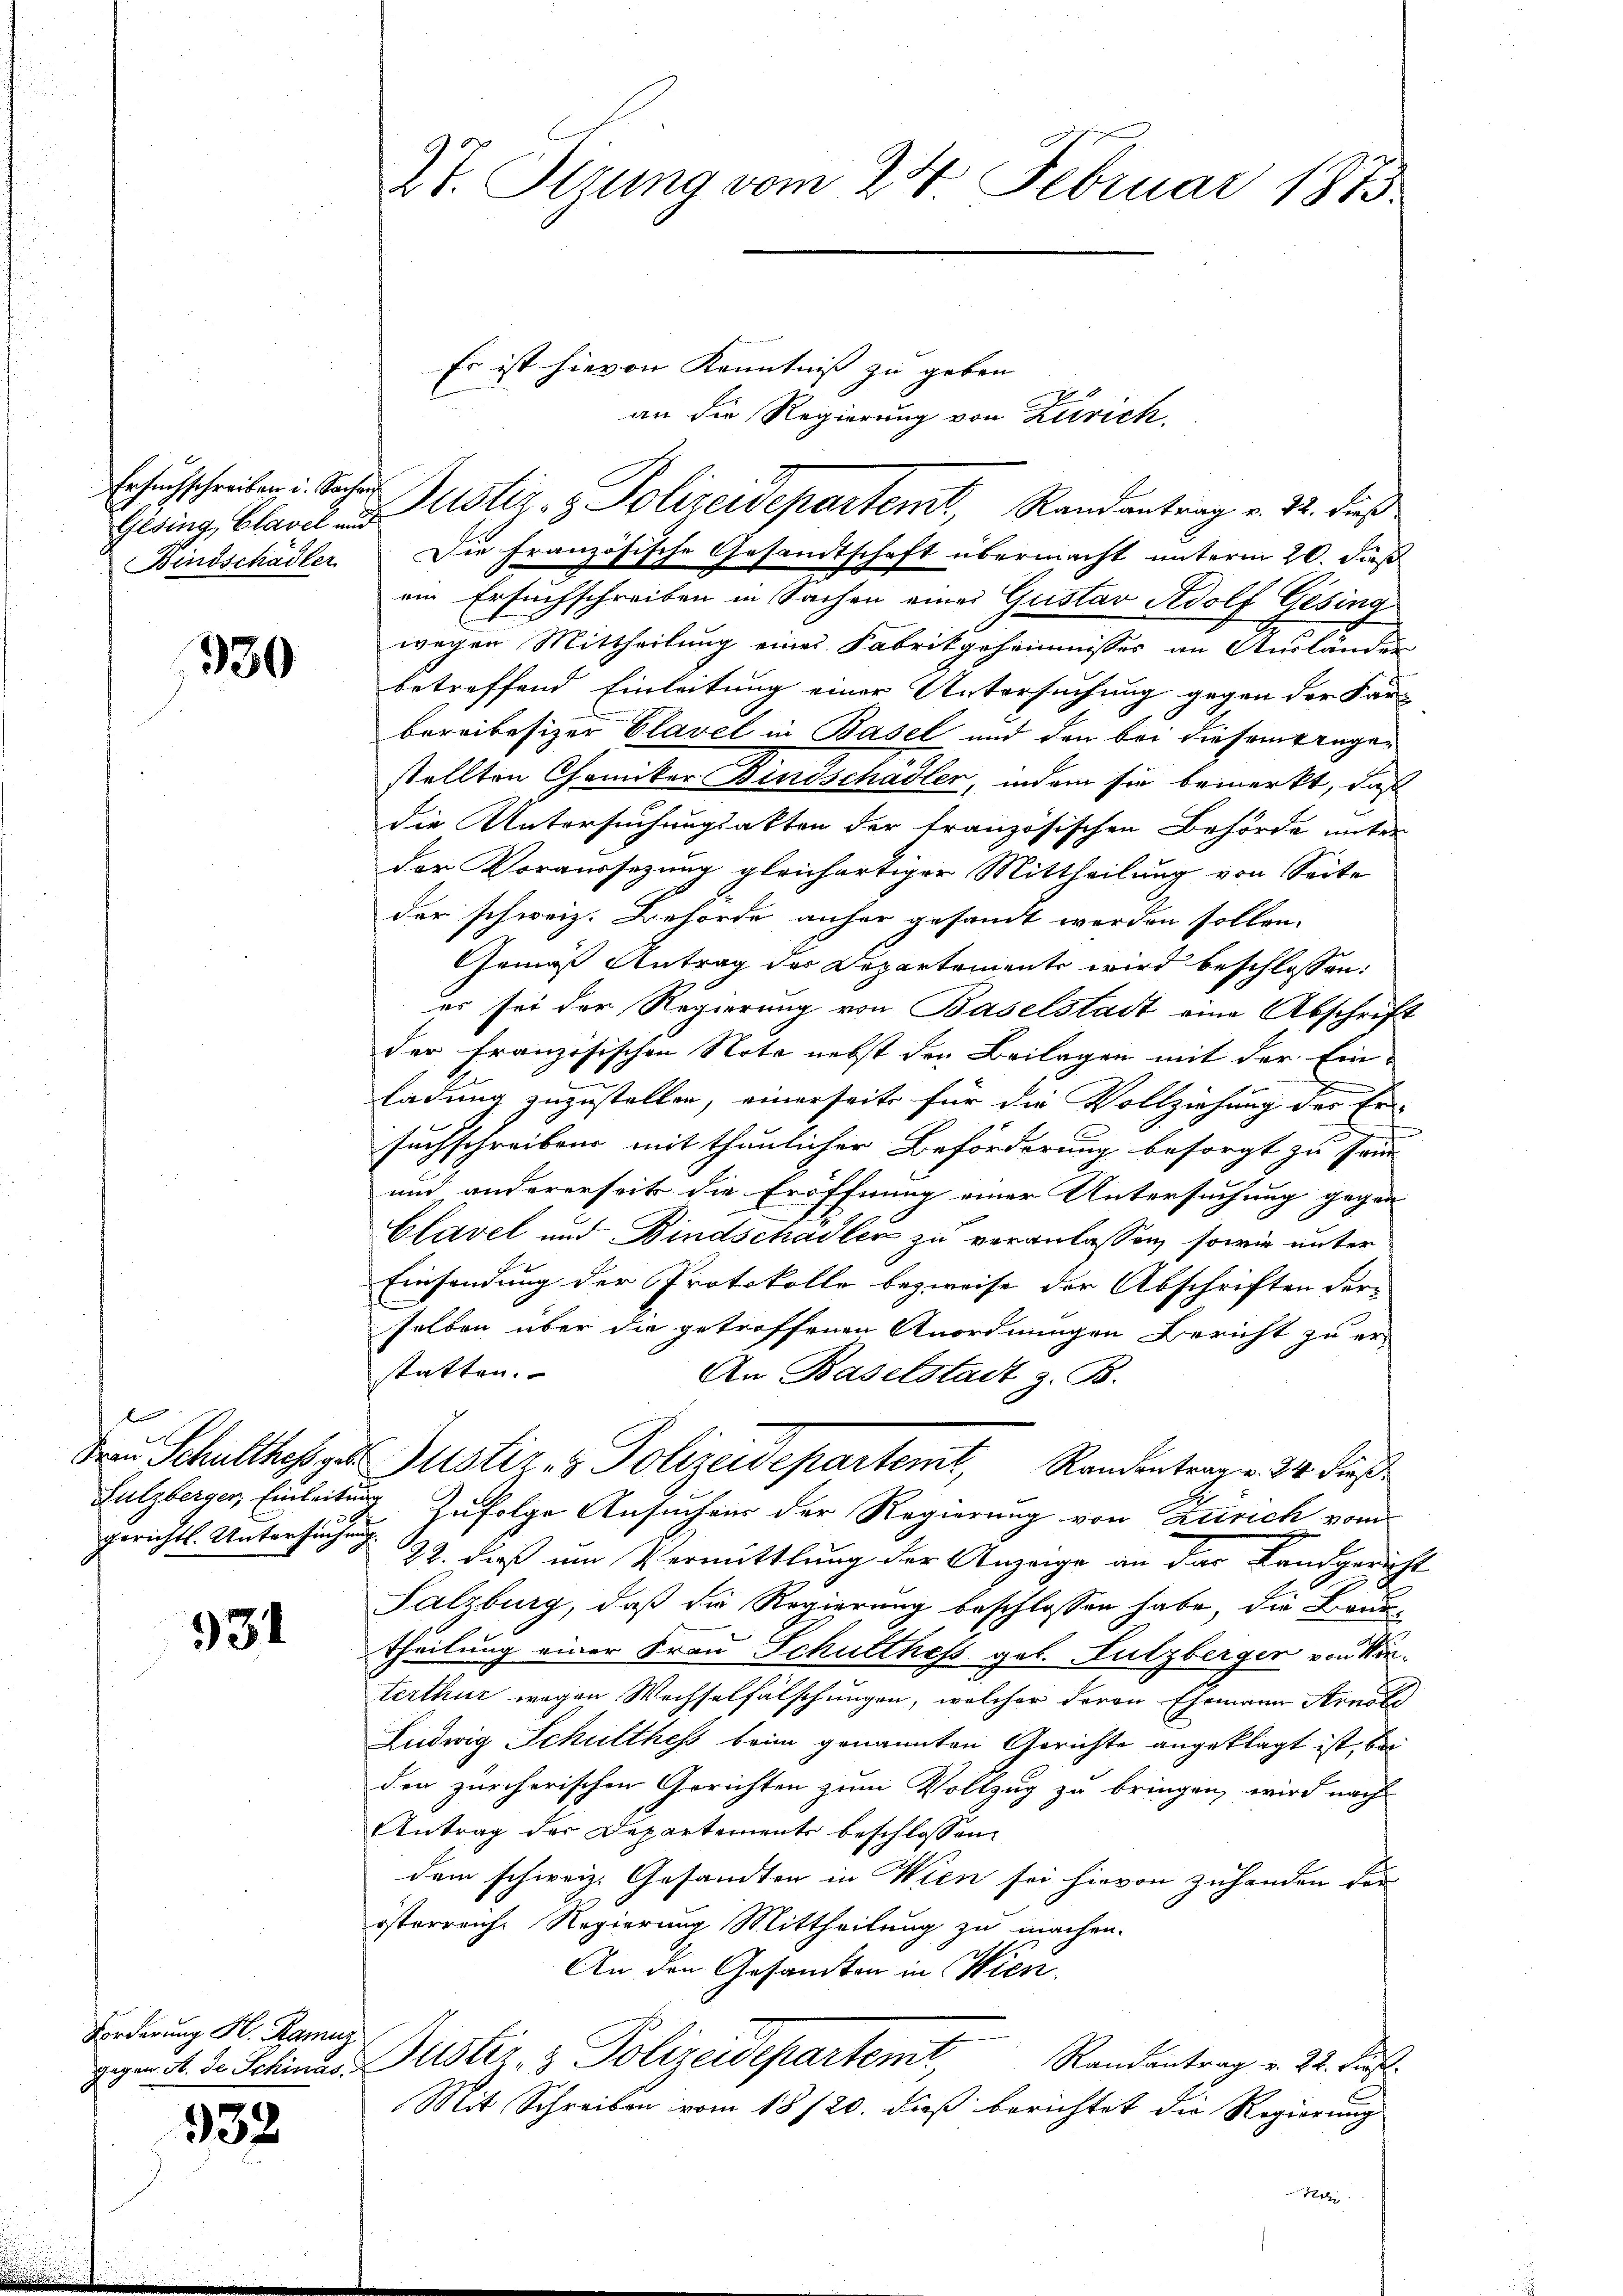
Gesing, Clavel und

930

gerichts-Untersuchung

934

Forderung H. Ramuz

932.

Es ist hievon Kenntniss zu geben |
an die Regierung von Zürich,
Bindschädler. Die französische Gesandtschaft übermacht unterm 20. dieß
ein Ersuchschreiben in Sachen eines Gustav Adolf Gesing
wegen Mittheilung eines Fabrikgeheimnisses an Ausländen
betreffend Einleitung einer Untersuchung gegen der Far-
bereibesizer Clavel in Basel und den bei diesem Angestellten Chemiker Bindschädler, indem sie bemerkt, daß
die Untersuchungsakten der französischen Behörde unter
der Voraussezung gleichartiger Mittheilung von Seite
der schweiz. Behörde anher gesandt werden sollen.
Gemäß Antrag der Departemente wird beschlossen:
es sei der Regierung von Baselstadt eine Abschrift
der französischen Note nebst den Beilagen mit der Ein-
ladung zuzustellen, einerseits für die Vollziehung der Er-
suchschreiben mit thunlicher Beförderung besorgt zu frü
und andererseits die Eröffnung einer Untersuchung gegen
Clavel und Bindschadler zu veranlassen, sowie unter
Einsendung der Protokolle bezweife der Abschriften der
selben über die getroffenen Anordnungen Bericht zu er-
statten.
An Baselstadt z. B.
Dem Schulthes zu Justiz- & Polizeidepartemt, Randentrag. 24. dieß
Sulzberger, Einleitung zufolge Ansuchens der Regierung von Zürich vom
22. dieß um Vermittlung der Anzeige an der Landgericht
Salzburg, daß die Regierung beschlossen habe, die Brun-
Theilung einer Frau Schulthess geb. Sulzberger von Winterthur wegen Wechselfälschungen, welcher deren Ehemann Arnol
Ludwig Schulthes beim genannten Gerichte angeklagt ist, bei
den zürcherischen Gerichten zum Vollzug zu bringen, wird nach
Antrag der Departements beschlossen:
dem schweiz. Gesandten in Wien sei hievon zuhanden der
österreiche Regierung Mittheilung zu machen.
An den Gesandten in Wien.
gegen A. de Schines Guster- & Polizeidepartemt,
Randantrag v. 22. Frs.
Mit Schreiben vom 18/20. dieß berichtet die Regierung
72

27. Ottung vom 24. Februar 1873.

Ersuchschreiben u. Sacher Justiz- & Polizeidepartem Randantrag v. 12. dieß